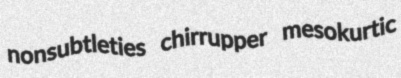
nonsubtleties chirrupper mesokurtic